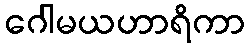
ဂေါမယဟာရိကာ